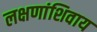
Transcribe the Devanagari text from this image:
लक्षणांशिवाय